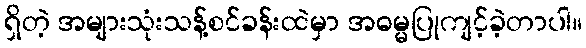
ရှိတဲ့ အများသုံးသန့်စင်ခန်းထဲမှာ အဓမ္မပြုကျင့်ခဲ့တာပါ။